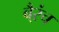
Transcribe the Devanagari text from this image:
बै्रंच